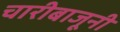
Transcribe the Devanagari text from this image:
चारीबाजूनी